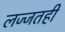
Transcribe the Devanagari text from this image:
लज्जतही